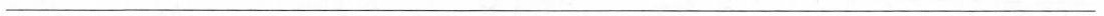
___